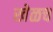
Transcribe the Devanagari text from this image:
खेळच